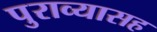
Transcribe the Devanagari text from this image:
पुराव्यासह